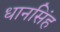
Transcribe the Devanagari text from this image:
धानसिंह